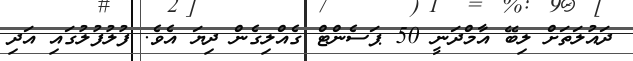
ދައުލަތަށް ލިބޭ އާމްދަނީ 50 ޕަސެންޓް ގެއްލިގެން ދިޔަ އެވެ. ފުލުފުލުގައި އަދި